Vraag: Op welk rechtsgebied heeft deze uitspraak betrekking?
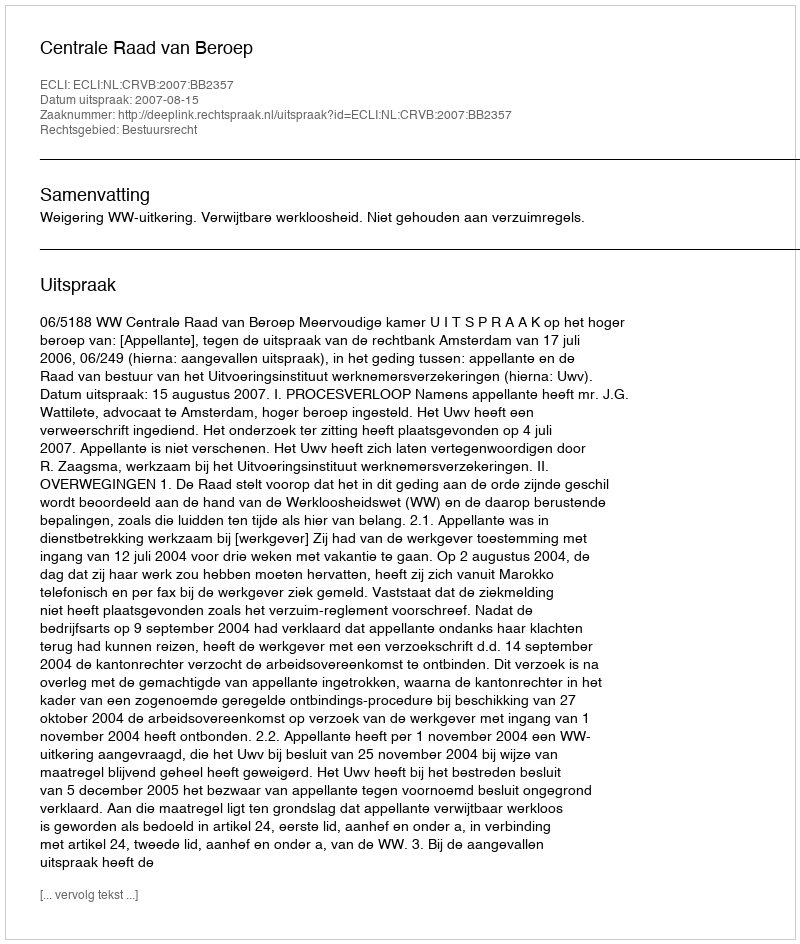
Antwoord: Bestuursrecht